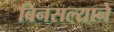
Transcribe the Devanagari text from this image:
बिनसल्याने